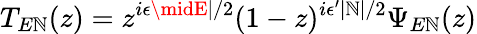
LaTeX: T_{E\mathbb{N}}(z)=z^{i\epsilon\midE\mid/2}(1-z)^{i\epsilon^{\prime}\mid\mathbb{N}\mid/2}\Psi_{E\mathbb{N}}(z)